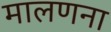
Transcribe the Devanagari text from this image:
मालणना